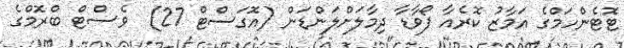
ޓޮޓެންހަމްގެ އަމާޒު ކޮރެއާ ފޯވާޑާ ދިމާލަށްލަންޑަން (އޮގަސްޓް 27)  ވެސްޓް ބްރޮމްގެ